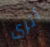
أترى